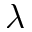
\boldsymbol { \lambda }